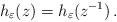
LaTeX: \begin{align*}h_{\varepsilon}(z)=h_{\varepsilon}(z^{-1})\,.\end{align*}